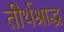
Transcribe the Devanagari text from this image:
तीर्थश्राद्ध